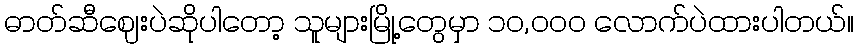
ဓာတ်ဆီဈေးပဲဆိုပါတော့ သူများမြို့တွေမှာ ၁၀,၀၀၀ လောက်ပဲထားပါတယ်။